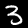
Label: 3